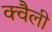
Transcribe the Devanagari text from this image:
क्वैली